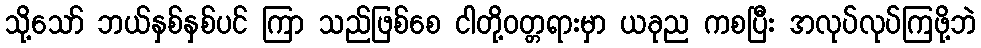
သို့သော် ဘယ်နှစ်နှစ်ပင် ကြာ သည်ဖြစ်စေ ငါတို့ဝတ္တရားမှာ ယခုည ကစပြီး အလုပ်လုပ်ကြဖို့ဘဲ